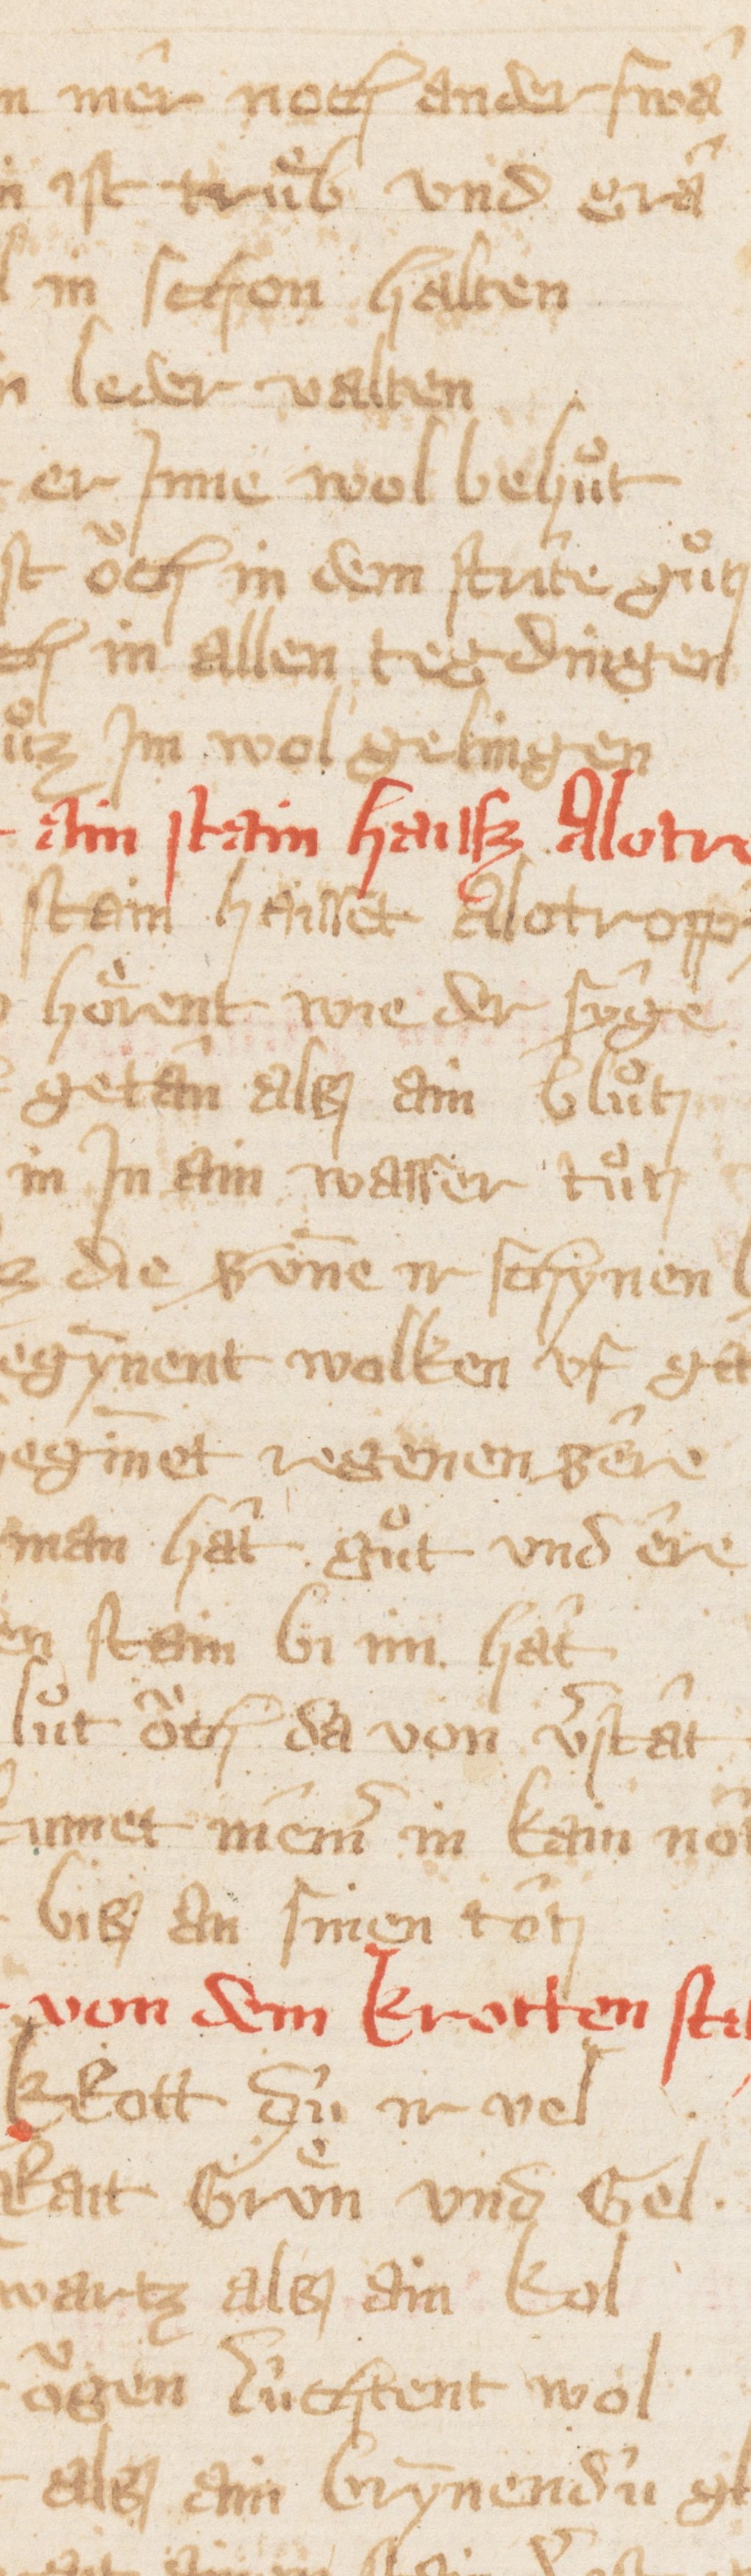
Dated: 1300–1399